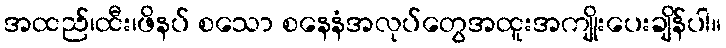
အထည်၊ထီး၊ဖိနပ် စသော စနေနံအလုပ်တွေအထူးအကျိုးပေးချိန်ပါ။